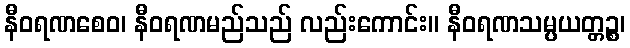
နီဝရဏစေဝ၊ နီဝရဏမည်သည် လည်းကောင်း။ နီဝရဏသမ္ပယတ္တဉ္စ၊